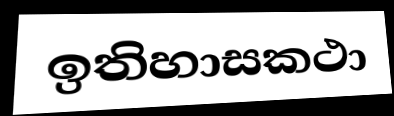
ඉතිහාසකථා